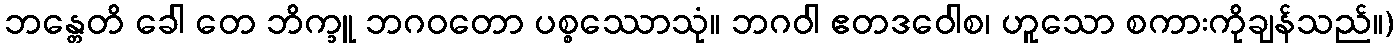
ဘန္တေတိ ခေါ တေ ဘိက္ခူ ဘဂဝတော ပစ္စဿောသုံ။ ဘဂဝါ ဧတဒဝေါစ၊ ဟူသော စကားကိုချန်သည်။)